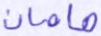
هامان